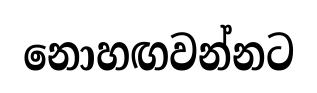
නොහඟවන්නට